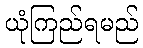
ယုံကြည်ရမည်